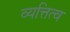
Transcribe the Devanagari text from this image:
व्यत्तित्व